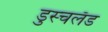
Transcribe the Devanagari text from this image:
डुस्चलँड